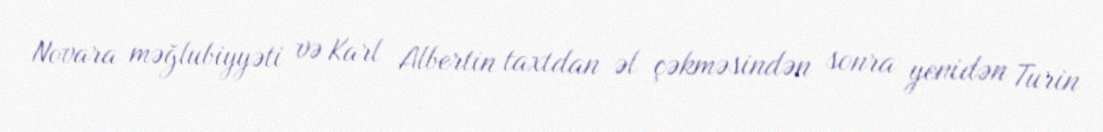
Novara məğlubiyyəti və Karl Albertin taxtdan əl çəkməsindən sonra yenidən Turin